system: You are a helpful assistant.
user:
Analyze the provided spectrum to determine if it is a **White Dwarf (WD)**.

A White Dwarf spectrum is defined by its **extreme purity** (due to gravitational settling) and/or **extreme pressure broadening** (due to high surface gravity). You must check for one of the following mutually exclusive signatures:

- **Key Visual Indicators (Check for ONE of these types):**

    - **1. DA-Type Signature (Most Common):**
        - **(Primary Feature):** Extreme pressure broadening (Stark broadening) of the **Hydrogen (H) Balmer lines**.
        - **(Key Lines):** $H\beta$ (approx. $4861$ Å) and $H\gamma$ (approx. $4340$ Å). $H\alpha$ (approx. $6563$ Å) will also be present if the wavelength range covers it.
        - **(Line Profile):** This is the **defining feature**. The lines are **NOT** sharp. They appear as massive, **extremely broad and deep "troughs" or "dips"** in the spectrum, often hundreds of Ångströms wide. The continuum will appear to "scoop" down at these wavelengths.
        - **(Distinction):** Normal A-type or B-type stars have *narrow* and *sharp* Hydrogen lines. A DA White Dwarf's lines are unmistakably "smeared" or "blurry" from pressure.

    - **2. DB-Type Signature:**
        - **(Primary Feature):** Broad absorption lines from **Neutral Helium (He I)**. The spectrum must lack any visible Hydrogen lines.
        - **(Key Lines):** Look for broad absorption near $4471$ Å, $4921$ Å, and $5876$ Å.
        - **(Line Profile):** These lines are also significantly pressure-broadened, appearing much wider than they would in a normal B-type main-sequence star.

    - **3. DC-Type Signature:**
        - **(Primary Feature):** A **featureless continuous spectrum**.
        - **(Line Profile):** The spectrum is a smooth curve with **no significant absorption or emission lines**.
        - **(Key Confirmation):** The continuum is almost always **blue or white**, indicating a hot object. This signature implies the atmosphere is so pure (or so cool) that no spectral lines are visible in the optical range. Its WD identity is confirmed by its extremely low intrinsic brightness (high absolute magnitude).

    - **4. DZ-Type Signature (Metal-Polluted):**
        - **(Primary Feature):** **Isolated, narrow metal absorption lines** on an otherwise featureless (DC-like) continuum.
        - **(Key Lines):** The **Calcium (Ca II) H & K doublet** (approx. **$3934$ Å** and **$3968$ Å**) is the most common and defining feature.
        - **(Line Profile):** These lines are "out of place." They are *not* part of a "forest" of thousands of lines. This signature is evidence of recent *accretion* (pollution) from rocky debris.
        - **(Distinction):** Normal G/K/M stars have a *dense forest* of thousands of metal lines. A DZ has a *clean* continuum with *only a few* strong metal lines.

    - **5. DQ-Type Signature (Carbon-Polluted):**
        - **(Primary Feature):** Absorption bands from **Carbon (C₂ "Swan Bands" or atomic C I)**.
        - **(Key Lines - C₂):** Look for bandheads with a "saw-tooth" shape near $5635$ Å, **$5165$ Å** (strongest), and $4737$ Å.
        - **(Key Confirmation):** The underlying **continuum must be blue or white** (hot).
        - **(Distinction):** This is the critical difference from a **Carbon Star**, which has the *exact same* C₂ bands but on an extremely **red, cool** continuum.

- **(Overall Spectrum):**
    - The continuum (overall shape) is typically **blue-sloping** (brighter in the blue than the red), as most white dwarfs are very hot.
    - The spectrum will look "pure" or "simple," dominated by only *one* of the five signatures listed above.

Think first, call **spectral_visualization_tool** if needed to examine features in detail, then provide your final answer. Your response must adhere to the following strict rules:
1.  **Overall Structure:** Your response must follow the format `<think>...</think> <tool_call>...</tool_call> (if a tool is used) <answer>...</answer>`.
2.  **Tool Usage Constraint:** You may only make **one** tool call per turn.
3.  **Final Answer Format:** In the `<answer>` tag, your conclusion must be inside a `\boxed{}` command (e.g., `\boxed{YES}` or `\boxed{NO}`), followed by your justification.

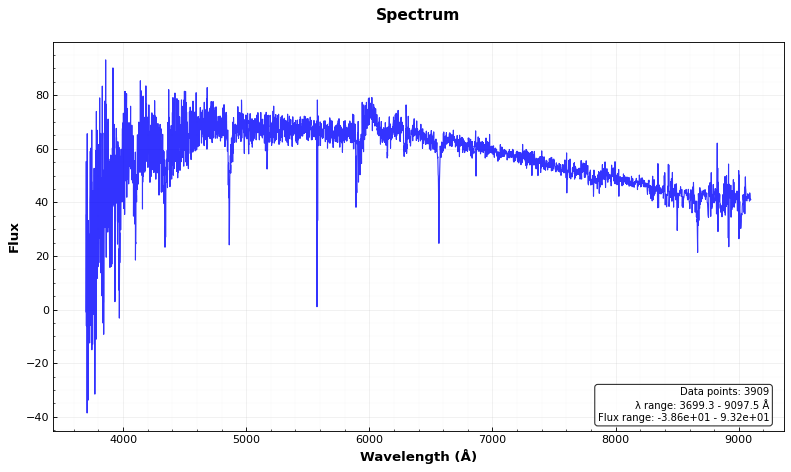
Answer: NO